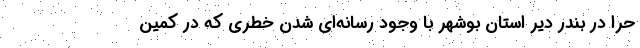
حرّا در بندر دیّر استان بوشهر با وجود رسانه‌ای شدن خطری که در کمین